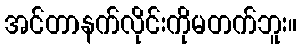
အင်တာနက်လိုင်းကိုမတက်ဘူး။